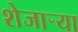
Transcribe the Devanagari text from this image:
शेजाऱ्या